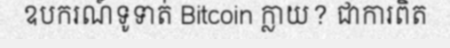
ឧបករណ៍ទូទាត់ Bitcoin ក្លាយ? ជាការពិត